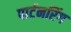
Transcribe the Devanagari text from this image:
पार्टनरिंग